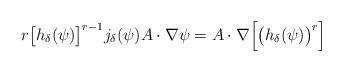
LaTeX: \begin{align*}r\big[h_{\delta}(\psi)\big]^{r-1}j_{\delta}(\psi) A\cdot \nabla\psi=A\cdot\nabla\Big[\big(h_{\delta}(\psi)\big)^r\Big]\end{align*}